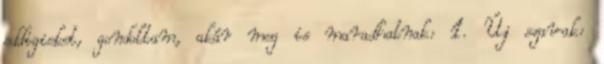
eddigieket, gondoltam, akár meg is maradhatnak: 1. Új szavak: